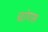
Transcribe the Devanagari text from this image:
चांगस